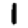
Digit: 1